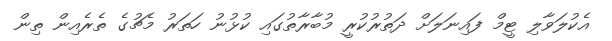
އެކުލަވާލި ޓީމް ފައިނަލަށް ދަތުރުކުރީ މުބާރާތުގައި ކުޅުނު ހަތަރު މެޗުގެ ތެރެއިން ތިން